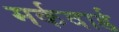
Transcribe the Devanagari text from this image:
मर्कवार्ड